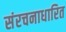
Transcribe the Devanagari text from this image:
संरचनाधारित